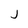
Character: j